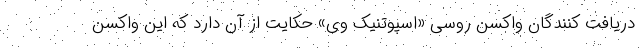
دریافت کنندگان واکسن روسی «اسپوتنیک‌ وی» حکایت از آن دارد که این واکسن